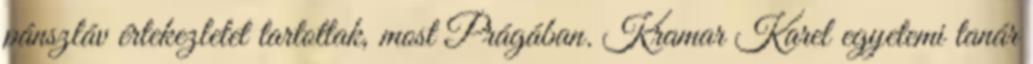
pánszláv értekezletet tartottak, most Prágában. Kramar Karel egyetemi tanár